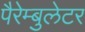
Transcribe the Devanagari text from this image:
पैरेम्बुलेटर